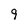
Character: 9